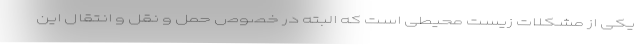
یکی از مشکلات زیست محیطی است که البته در خصوص حمل و نقل و انتقال این